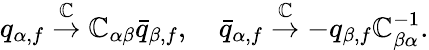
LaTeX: q_{\alpha,f}\stackrel{\mathbb{C}}{\rightarrow}\mathbb{C}_{\alpha\beta}\bar{{q}}_{\beta,f},\quad\bar{{q}}_{\alpha,f}\stackrel{\mathbb{C}}{\rightarrow}-q_{\beta,f}\mathbb{C}_{\beta\alpha}^{-1}.